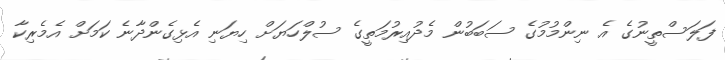
ފަލަސްތީނުގެ އެ ނިންމުމުގެ ސަބަބުން މެދުއިރުމަތީގެ ސުލްހަޔަށް ހިޔަނި އެޅިގެންދާނެ ކަމަށް އެމެރިކާ